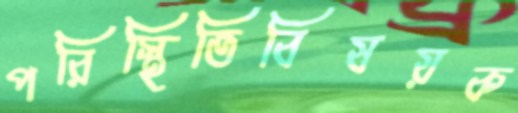
পরিস্থিতিবিষয়ক